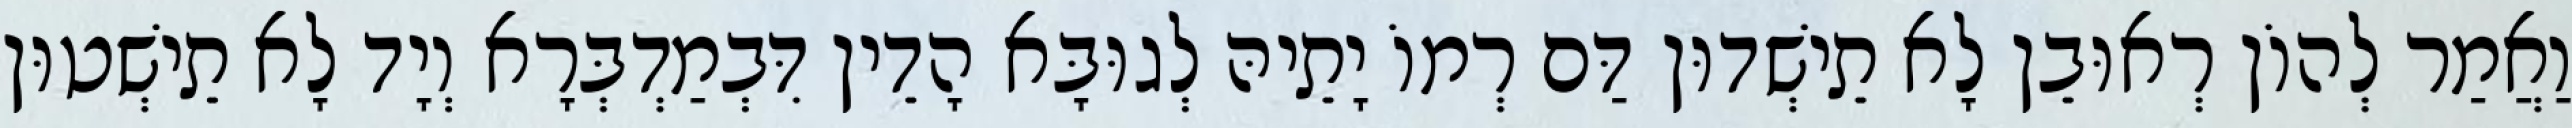
וַאֲמַר לְהוֹן רְאוּבֵן לָא תֵישְׁדוּן דַּם רְמוֹ יָתֵיהּ לְגוּבָּא הָדֵין דִּבְמַדְבְּרָא וְיָד לָא תֵישְׁטוּן